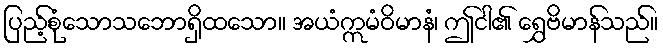
ပြည့်စုံသောသဘောရှိထသော။ အယံဣမံဝိမာနံ၊ ဤငါ၏ ရွှေဗိမာန်သည်။